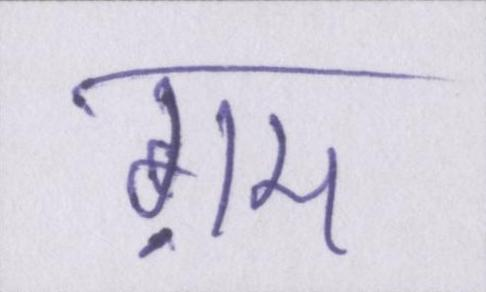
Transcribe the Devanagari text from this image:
ग़म